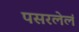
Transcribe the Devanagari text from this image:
पसरलेलं